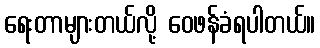
ရေးတာများတယ်လို့ ဝေဖန်ခံရပါတယ်။